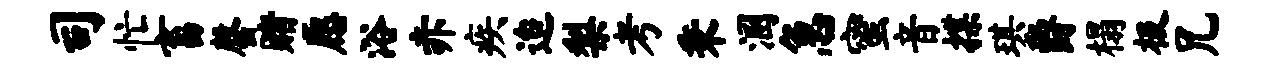
司忙畜罄赌愿浴赤疾迨梨考秉溷急蜜音揲琪爵榻极兄